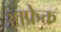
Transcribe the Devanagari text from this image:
आफ्रेक्त